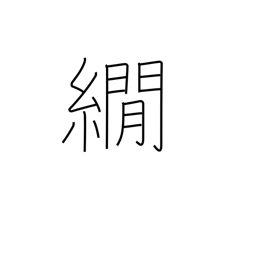
Meaning: a method of dyeing